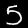
Digit: 5